Lunatic asylums Punjab 1868-1880 - 1868-1880
Year: 1868
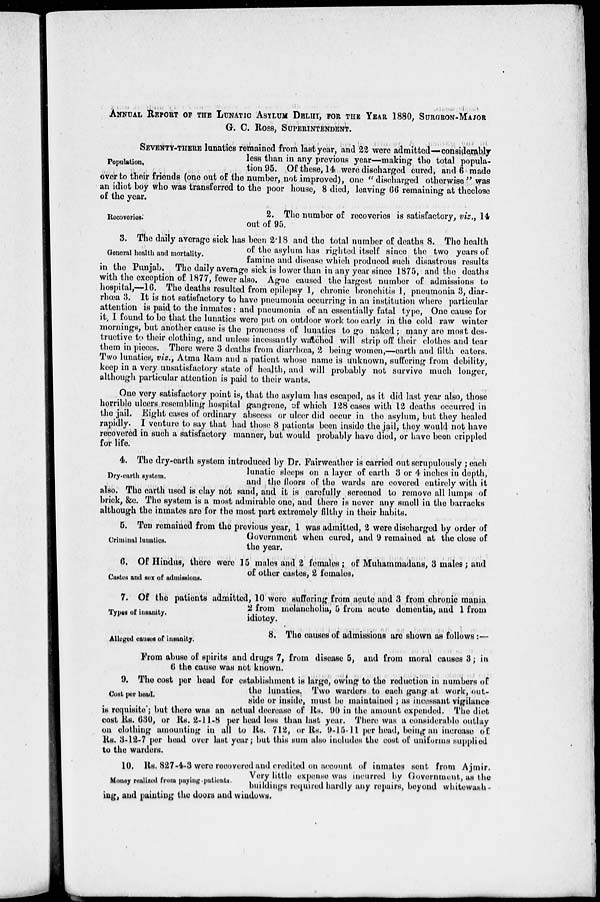
ANNUAL REPORT OF THE LUNATIC ASYLUM DELHI, FOR THE YEAR 1880, SURGEON-MAJOR
G. C. ROSS, SUPERINTENDENT.
Population.
SEVENTY-THERE lunatics remained from last year, and 22 were admitted—considerably
less than in any previous year—making the total popula-
tion 95. Of these, 14 were discharged cured, and 6 made
over to their friends (one out of the number, not improved), one " discharged otherwise" was
an idiot boy who was transferred to the poor house, 8 died, leaving 66 remaining at theclose
of the year.
Recoveries.
2. The number of recoveries is satisfactory, viz., 14
out of 95.
General health and mortality.
3. The daily average sick has been 2.18 and the total number of deaths 8. The health
of the asylum has righted itself since the two years of
famine and disease which produced such disastrous results
in the Punjab. The daily average sick is lower than in any year since 1875, and the deaths
with the exception of 1877, fewer also. Ague caused the largest number of admissions to
hospital,—16. The deaths resulted from epilepsy 1, chronic bronchitis 1, pneumonia 3, diar-
rhœa 3. It is not satisfactory to have pneumonia occurring in an institution where particular
attention is paid to the inmates: and pneumonia of an essentially fatal type, One cause for
it, I found to be that the lunatics were put on outdoor work too early in the cold raw winter
mornings, but another cause is the proneness of lunatics to go naked; many are most des-
tructive to their clothing, and unless incessantly watched will strip off their clothes and tear
them in pieces. There were 3 deaths from diarrhœa, 2 being women,—earth and filth caters.
Two lunatics, viz., Atma Ram and a patient whose name is unknown, suffering from debility,
keep in a very unsatisfactory state of health, and will probably not survive much longer,
although particular attention is paid to their wants.
One very satisfactory point is, that the asylum has escaped, as it did last year also, those
horrible ulcers resembling hospital gangrene, of which 128 cases with 12 deaths occurred in
the jail. Eight cases of ordinary abscess or ulcer did occur in the asylum, but they healed
rapidly. I venture to say that had those 8 patients been inside the jail, they would not have
recovered in such a satisfactory manner, but would probably have died, or have been crippled
for life.
Dry-earth system.
4. The dry-earth system introduced by Dr. Fairweather is carried out serupulously ; each
lunatic sloops on a layer of earth 3 or 4 inches in depth,
and the floors of the wards are covered entirely with it
also. The earth used is clay not sand, and it is carefully screened to remove all lumps of
brick, &c. The system is a most admirable one, and there is never any smell in the barracks
although the inmates are for the most part extremely filthy in their habits.
Criminal lunatics.
5. Ten remained from the previous year, 1 was admitted, 2 were discharged by order of
Government when cured, and 9 remained at the close of
the year.
Castes and sex of admissions.
6. Of Hindus, there were 15 males and 2 females ; of Muhammadans, 3 males; and
of other castes, 2 females.
Types of insanity.
7. Of the patients admitted, 10 were suffering from acute and 3 from chronic mania
2 from melancholia, 5 from acute dementia, and 1 from
idiotcy.
Alleged causes of insanity.
8. The causes of admissions are shown as follows :—
From abuse of spirits and drugs 7, from lisease 5, and from moral causes 3; in
6 the cause was not known.
Cost per head.
9. The cost per head for establishment is large, owing to the reduction in numbers of
the lunatics. Two warders to each gang at work, out-
side or inside, must be maintained ; as incessant vigilance
is requisite ; but there was an actual decrease of Rs. 90 in the amount expended. The diet
cost Rs. 630, or Rs. 2-11-8 per head loss than last year. There was a considerable outlay
on clothing amounting in all to Rs. 712, or Rs. 9-15-11 per head, being an increase of
Rs. 3-12-7 per head over last year; but this sum also includes the cost of uniforms supplied
to the warders.
Money realised from paying-patients.
10. Rs. 827-4-3 were recovered and credited on account of inmates sent from Ajmir.
Very little expense was incurred by Government, as the
buildings required hardly any repairs, beyond whitewash-
ing, and painting the doors and windows.